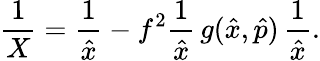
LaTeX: \frac{1}{X}=\frac{1}{\hat{x}}-f^{2}\frac{1}{\hat{x}}\, g(\hat{x},\hat{p})\, \frac{1}{\hat{x}}.